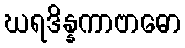
ဃရဒိန္နကာဗာဓော